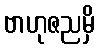
ဗာဟုဇညမှိ